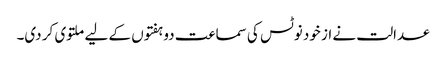
عدالت نے از خود نوٹس کی سماعت دو ہفتوں کے لیے ملتوی کر دی۔